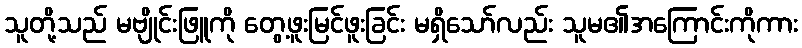
သူတို့သည် မဗျိုင်းဖြူကို တွေ့ဖူးမြင်ဖူးခြင်း မရှိသော်လည်း သူမ၏အကြောင်းကိုကား